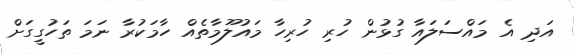
އަދި އެ މައްސަލައާ ގުޅުން ހުރި ހުރިހާ މައުލޫމާތެއް ހާމަކުރާ ނަަމަ ތަހުގީގަށް